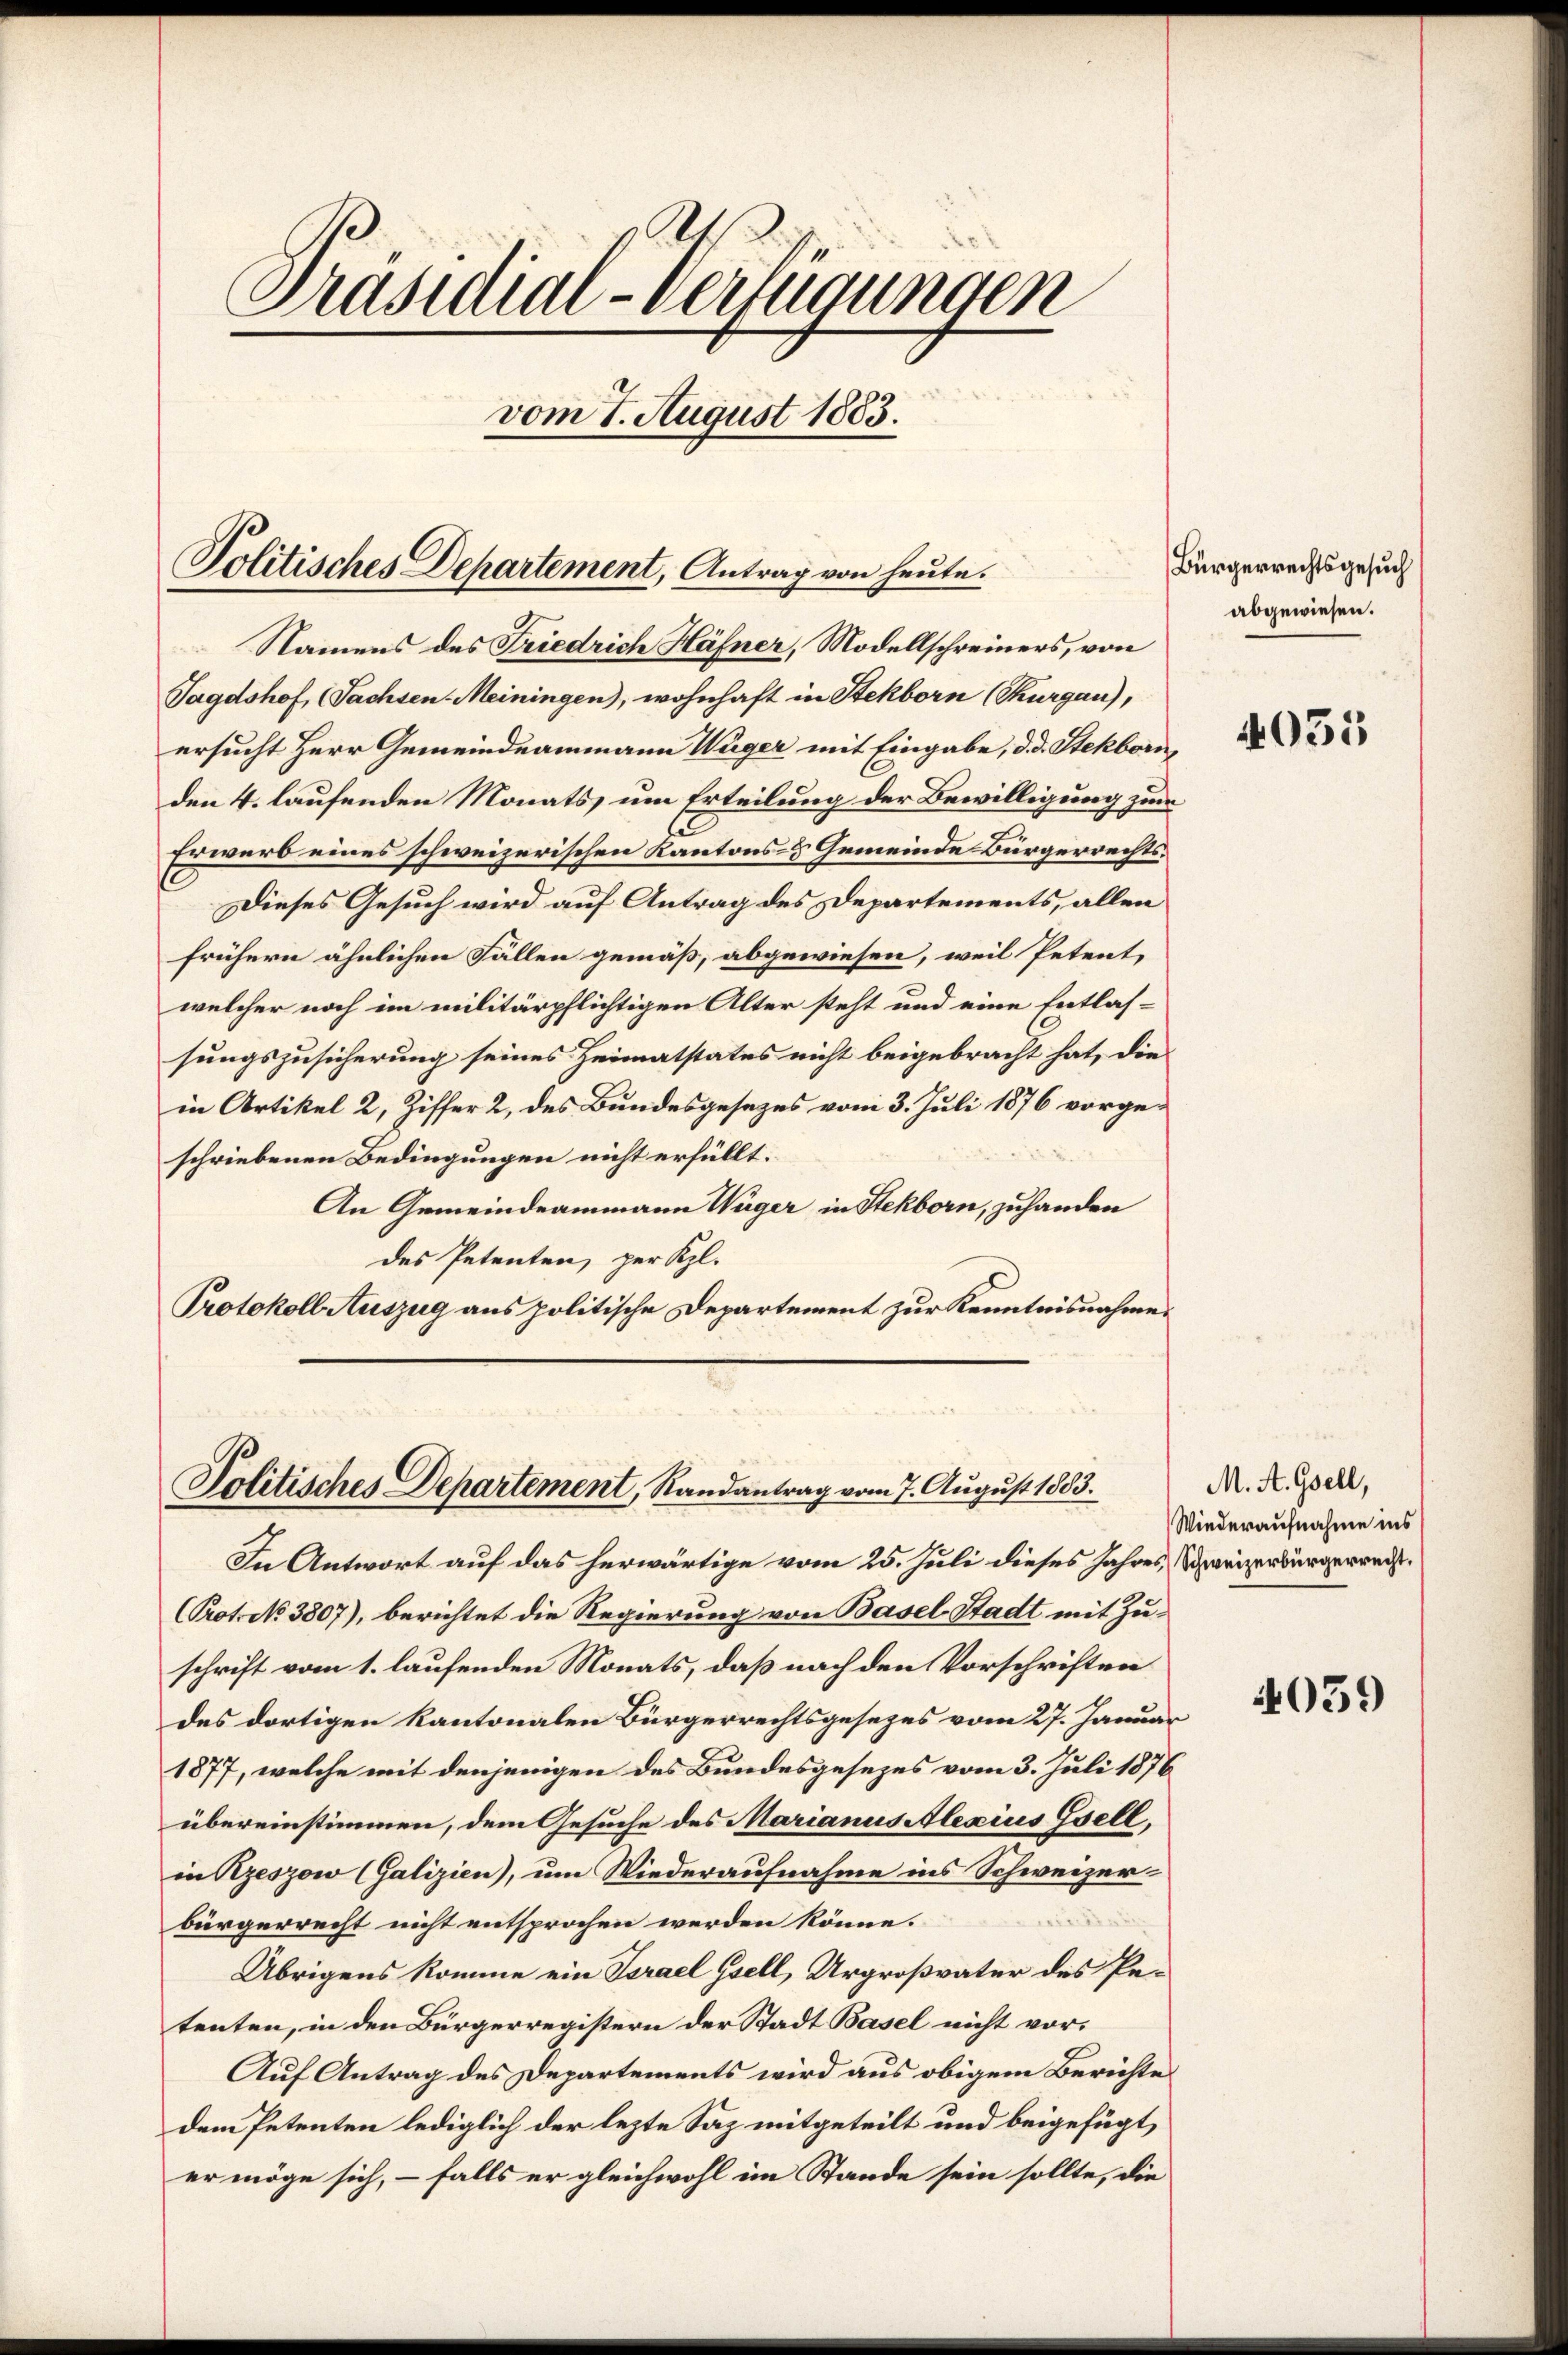
Präsidial-Verfügungen
vom 7. August 1883.

Politisches Departement, Antrag von heute.

Namens des Friedrich Hähner, Modellschreiners, von
Tagdshof (Sachsen-Meiningen), wohnhaft in Stekborn (Thurgau),
ersucht Herr Gemeindeammann Wäger mit Eingabe, d. d. Stekborn,
den 4. laufenden Monats, um Erteilung der Bewilligung zur
—
Erwarb eines schweizerischen Kantons- & Gemeinde Bürgerrechts¬
Dieses Gesuch wird auf Antrag des Departements, allen
frühern ähnlichen Fällen gemäß, abgewiesen, weil Petentwelcher noch im militärpflichtigen Alter steht und eine Entlassungszusicherung seines Heimatstates nicht beigebracht hat, die
in Artikel 2, Ziffer 2, des Bundesgesezes vom 3. Juli 1876 vorgeschriebenen Bedingungen nicht erfüllt.
An Gemeindeammann Wäger in Stekborn, zuhanden
des Petenten, per Kl.
Protokoll Auszug aus politische Departement zur Kenntnisnahmen

Politisches Departement, Randantrag vom 7. August 1883.

In Antwort auf das herwärtige vom 25. Juli dieses Jahres Schweizerbürgerrecht¬
Prot. N. 3807), berichtet die Regierung von Basel-Stadt mit Zu-
schrift vom 1. laufenden Monats, daß nach den Vorschriften
des dortigen Kantonalen Bürgerrechtsgesezes vom 27. Januar
1877, welche mit denjenigen des Bundesgesezes vom 3. Juli 1876
übereinstimmen, dem Gesuche des Marianus Alexius Gsell,
in Rzeszow (Galizien), um Wiederaufnahme ins Schweizerbürgerrecht nicht entsprochen werden könne.
Übrigens komme ein Israel Isell, Urgroßvater des Petenten, in den Bürgerregistern der Stadt Basel nicht vor-
Auf Antrag des Departements wird aus obigem Berichte
dem Petenten lediglich der lezte Saz mitgeteilt und beigefügt,
er möge sich, – falls er gleichwohl im Stande sein sollte, die

Bürgerrechtsgesuch
abgewiesen.

4051

M. A. Gsell,
Wiederaufnahme ins

4059